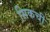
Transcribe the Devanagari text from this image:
सिकची